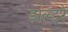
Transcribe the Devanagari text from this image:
डाल्टरे